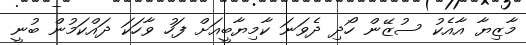
މާޒިޔާ އާއެކު ސުޒޭން ހޯދި ދެވަނަ ކާމިޔާބީއަށް ފަހު ވާހަކަ ދައްކަމުން ބުނީ